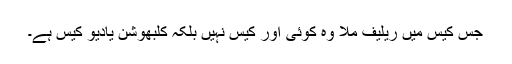
جس کیس میں ریلیف ملا وہ کوئی اور کیس نہیں بلکہ کلبھوشن یادیو کیس ہے۔